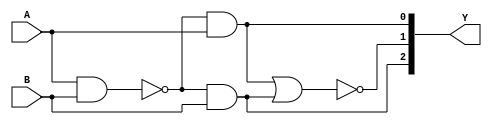
module from2to3 (
    Y,
    A,
    B
);

  // params
  output [2:0] Y;
  input A, B;

  // logics
  assign Y[0] = (~(A & B)) & A;
  assign Y[2] = (~(A & B)) & B;
  assign Y[1] = ~(Y[0] | Y[2]);

endmodule  //from2to3